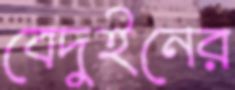
বেদুইনের